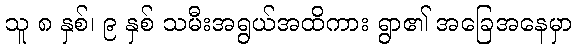
သူ ၈ နှစ်၊ ၉ နှစ် သမီးအရွယ်အထိကား ရွာ၏ အခြေအနေမှာ